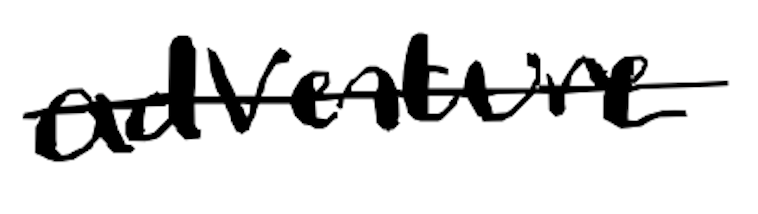
Text: adventure
Cross-out: single-line
Writing tool: digital_black